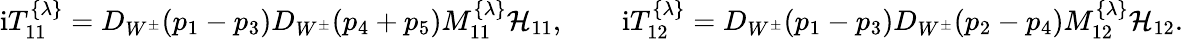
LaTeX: \mathrm{i}T_{11}^{\{ \lambda\} }=D_{W^{\pm}}(p_{1}-p_{3})D_{W^{\pm}}(p_{4}+p_{5})M_{11}^{\{ \lambda\} }{\cal H}_{11},\quad\quad\mathrm{i}T_{12}^{\{ \lambda\} }=D_{W^{\pm}}(p_{1}-p_{3})D_{W^{\pm}}(p_{2}-p_{4})M_{12}^{\{ \lambda\} }{\cal H}_{12}.